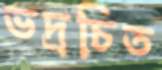
ভদ্রচিত